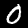
Digit: 0